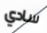
سادي